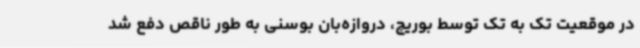
در موقعیت تک به تک توسط بوریچ، دروازه‌بان بوسنی به طور ناقص دفع شد